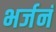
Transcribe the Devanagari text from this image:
भर्जनं